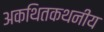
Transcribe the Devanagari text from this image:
अकथितकथनीय